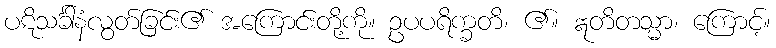
ပဋိသင်္ခါနံလွတ်ခြင်း၏ အကြောင်းတို့ကို။ ဥပပရိက္ခတိ၊ ၏။ ဣတိတသ္မာ၊ ကြောင့်။